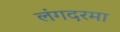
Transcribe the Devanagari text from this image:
लंगदरमा